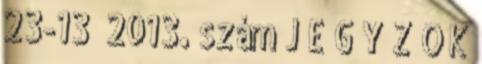
23-13 2013. szám J E G Y Z Ő K